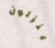
ينزلون